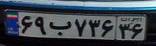
۶۹ب۷۳۶۳۶